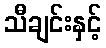
သီချင်းနှင့်